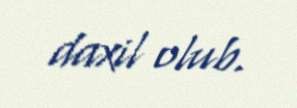
daxil olub.